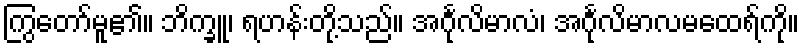
ကြွတော်မူ၏။ ဘိက္ခူ၊ ရဟန်းတို့သည်။ အင်္ဂုလိမာလံ၊ အင်္ဂုလိမာလမထေရ်ကို။